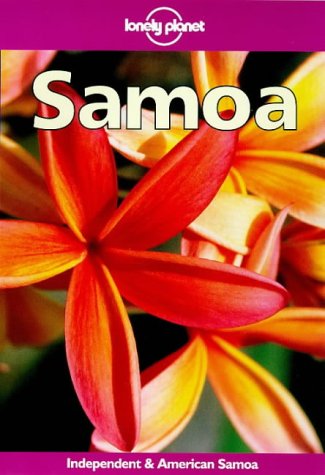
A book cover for Lonely Planet Samoa : Independent & American Samoa (3rd Ed); Dorinda Talbot; Travel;